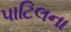
પાટિલના